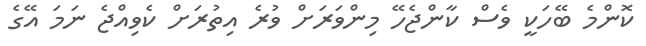
ކޮންމެ ބޭހަކީ ވެސް ކާންޖެހޭ މިންވަރަށް ވުރެ އިތުރަށް ކެވިއްޖެ ނަމަ އޭގެ